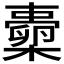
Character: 𱤦